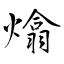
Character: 熻